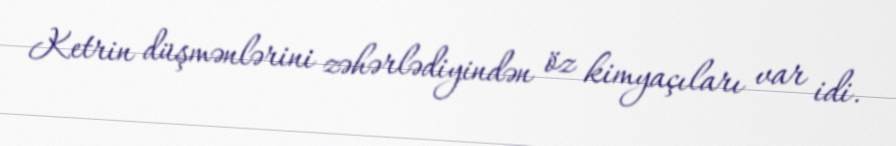
Ketrin düşmənlərini zəhərlədiyindən öz kimyaçıları var idi.